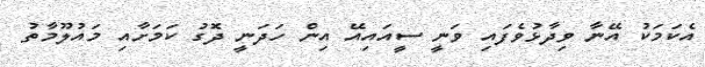
އެކަމަކު އޭނާ ވިދާޅުވެފައި ވަނީ ސީއައިއޭ އިން ހަދަނީ ދޮގު ކަމަށާއި މައުލޫމާތު